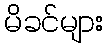
မိခင်များ